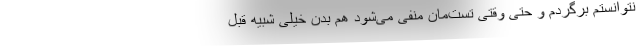
نتوانستم برگردم و حتی وقتی تست‌مان منفی می‌شود هم بدن خیلی شبیه قبل